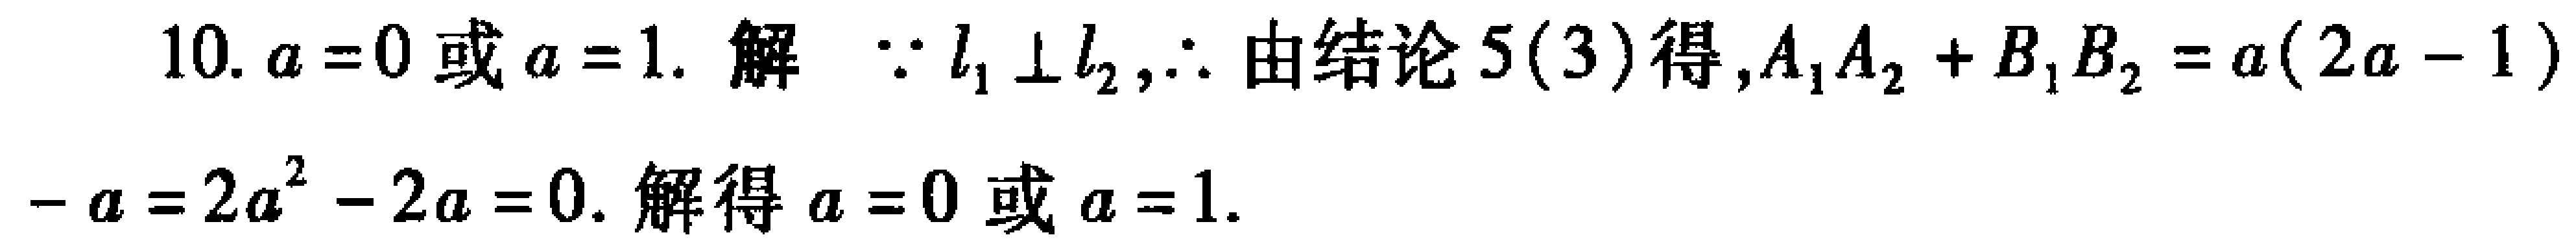
10. \(a = 0\)或\(a = 1\). 解 \(\because l_{1}\perp l_{2},\therefore\)由结论5(3)得,\(A_{1}A_{2}+B_{1}B_{2}=a(2a - 1)-a = 2a^{2}-2a = 0\). 解得\(a = 0\)或\(a = 1\).